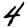
Digit: 4